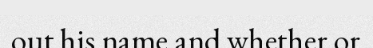
out his name and whether or